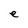
Character: e